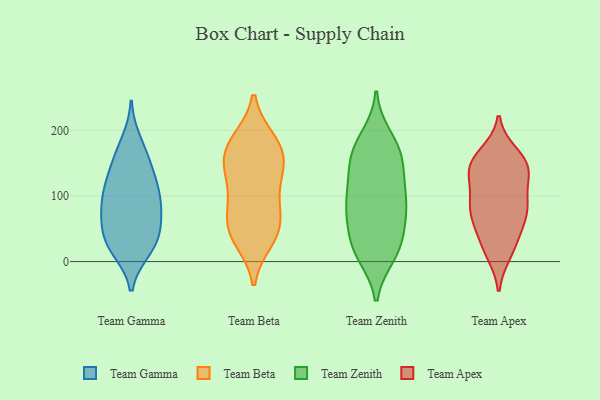
{"axis": {"x": "Waste Production (Tons)", "y": "Value"}, "legend": ["Team Apex", "Team Beta", "Team Gamma", "Team Zenith"], "data": [{"x": "", "y": 26, "type": "Team Gamma"}, {"x": "", "y": 74, "type": "Team Gamma"}, {"x": "", "y": 24, "type": "Team Gamma"}, {"x": "", "y": 97, "type": "Team Gamma"}, {"x": "", "y": 68, "type": "Team Gamma"}, {"x": "", "y": 18, "type": "Team Gamma"}, {"x": "", "y": 27, "type": "Team Gamma"}, {"x": "", "y": 158, "type": "Team Gamma"}, {"x": "", "y": 158, "type": "Team Gamma"}, {"x": "", "y": 126, "type": "Team Gamma"}, {"x": "", "y": 102, "type": "Team Gamma"}, {"x": "", "y": 46, "type": "Team Gamma"}, {"x": "", "y": 55, "type": "Team Gamma"}, {"x": "", "y": 108, "type": "Team Gamma"}, {"x": "", "y": 183, "type": "Team Gamma"}, {"x": "", "y": 130, "type": "Team Gamma"}, {"x": "", "y": 85, "type": "Team Gamma"}, {"x": "", "y": 41, "type": "Team Beta"}, {"x": "", "y": 181, "type": "Team Beta"}, {"x": "", "y": 180, "type": "Team Beta"}, {"x": "", "y": 145, "type": "Team Beta"}, {"x": "", "y": 48, "type": "Team Beta"}, {"x": "", "y": 150, "type": "Team Beta"}, {"x": "", "y": 90, "type": "Team Beta"}, {"x": "", "y": 165, "type": "Team Beta"}, {"x": "", "y": 78, "type": "Team Beta"}, {"x": "", "y": 127, "type": "Team Beta"}, {"x": "", "y": 79, "type": "Team Beta"}, {"x": "", "y": 185, "type": "Team Beta"}, {"x": "", "y": 33, "type": "Team Beta"}, {"x": "", "y": 44, "type": "Team Beta"}, {"x": "", "y": 133, "type": "Team Beta"}, {"x": "", "y": 14, "type": "Team Zenith"}, {"x": "", "y": 80, "type": "Team Zenith"}, {"x": "", "y": 10, "type": "Team Zenith"}, {"x": "", "y": 139, "type": "Team Zenith"}, {"x": "", "y": 19, "type": "Team Zenith"}, {"x": "", "y": 91, "type": "Team Zenith"}, {"x": "", "y": 106, "type": "Team Zenith"}, {"x": "", "y": 141, "type": "Team Zenith"}, {"x": "", "y": 18, "type": "Team Zenith"}, {"x": "", "y": 161, "type": "Team Zenith"}, {"x": "", "y": 95, "type": "Team Zenith"}, {"x": "", "y": 161, "type": "Team Zenith"}, {"x": "", "y": 32, "type": "Team Zenith"}, {"x": "", "y": 190, "type": "Team Zenith"}, {"x": "", "y": 169, "type": "Team Zenith"}, {"x": "", "y": 110, "type": "Team Zenith"}, {"x": "", "y": 56, "type": "Team Zenith"}, {"x": "", "y": 178, "type": "Team Zenith"}, {"x": "", "y": 62, "type": "Team Zenith"}, {"x": "", "y": 76, "type": "Team Zenith"}, {"x": "", "y": 75, "type": "Team Apex"}, {"x": "", "y": 87, "type": "Team Apex"}, {"x": "", "y": 13, "type": "Team Apex"}, {"x": "", "y": 132, "type": "Team Apex"}, {"x": "", "y": 152, "type": "Team Apex"}, {"x": "", "y": 142, "type": "Team Apex"}, {"x": "", "y": 140, "type": "Team Apex"}, {"x": "", "y": 73, "type": "Team Apex"}, {"x": "", "y": 81, "type": "Team Apex"}, {"x": "", "y": 50, "type": "Team Apex"}, {"x": "", "y": 158, "type": "Team Apex"}, {"x": "", "y": 142, "type": "Team Apex"}, {"x": "", "y": 164, "type": "Team Apex"}, {"x": "", "y": 25, "type": "Team Apex"}, {"x": "", "y": 93, "type": "Team Apex"}, {"x": "", "y": 58, "type": "Team Apex"}, {"x": "", "y": 19, "type": "Team Apex"}, {"x": "", "y": 96, "type": "Team Apex"}, {"x": "", "y": 134, "type": "Team Apex"}]}